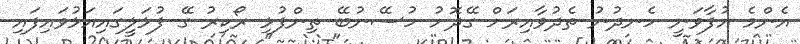
އެންމެ އުފާވަނީ ހެނދުނު ތެދުވާއިރަށް ގޭދޮށު ހުސޭނުބޭ ތިންފުޅި ރޯކިރު ގޭ ފުޅަލީގައިއަޅުވައިފައި